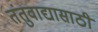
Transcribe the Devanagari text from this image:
तंतुवाद्यासाठी